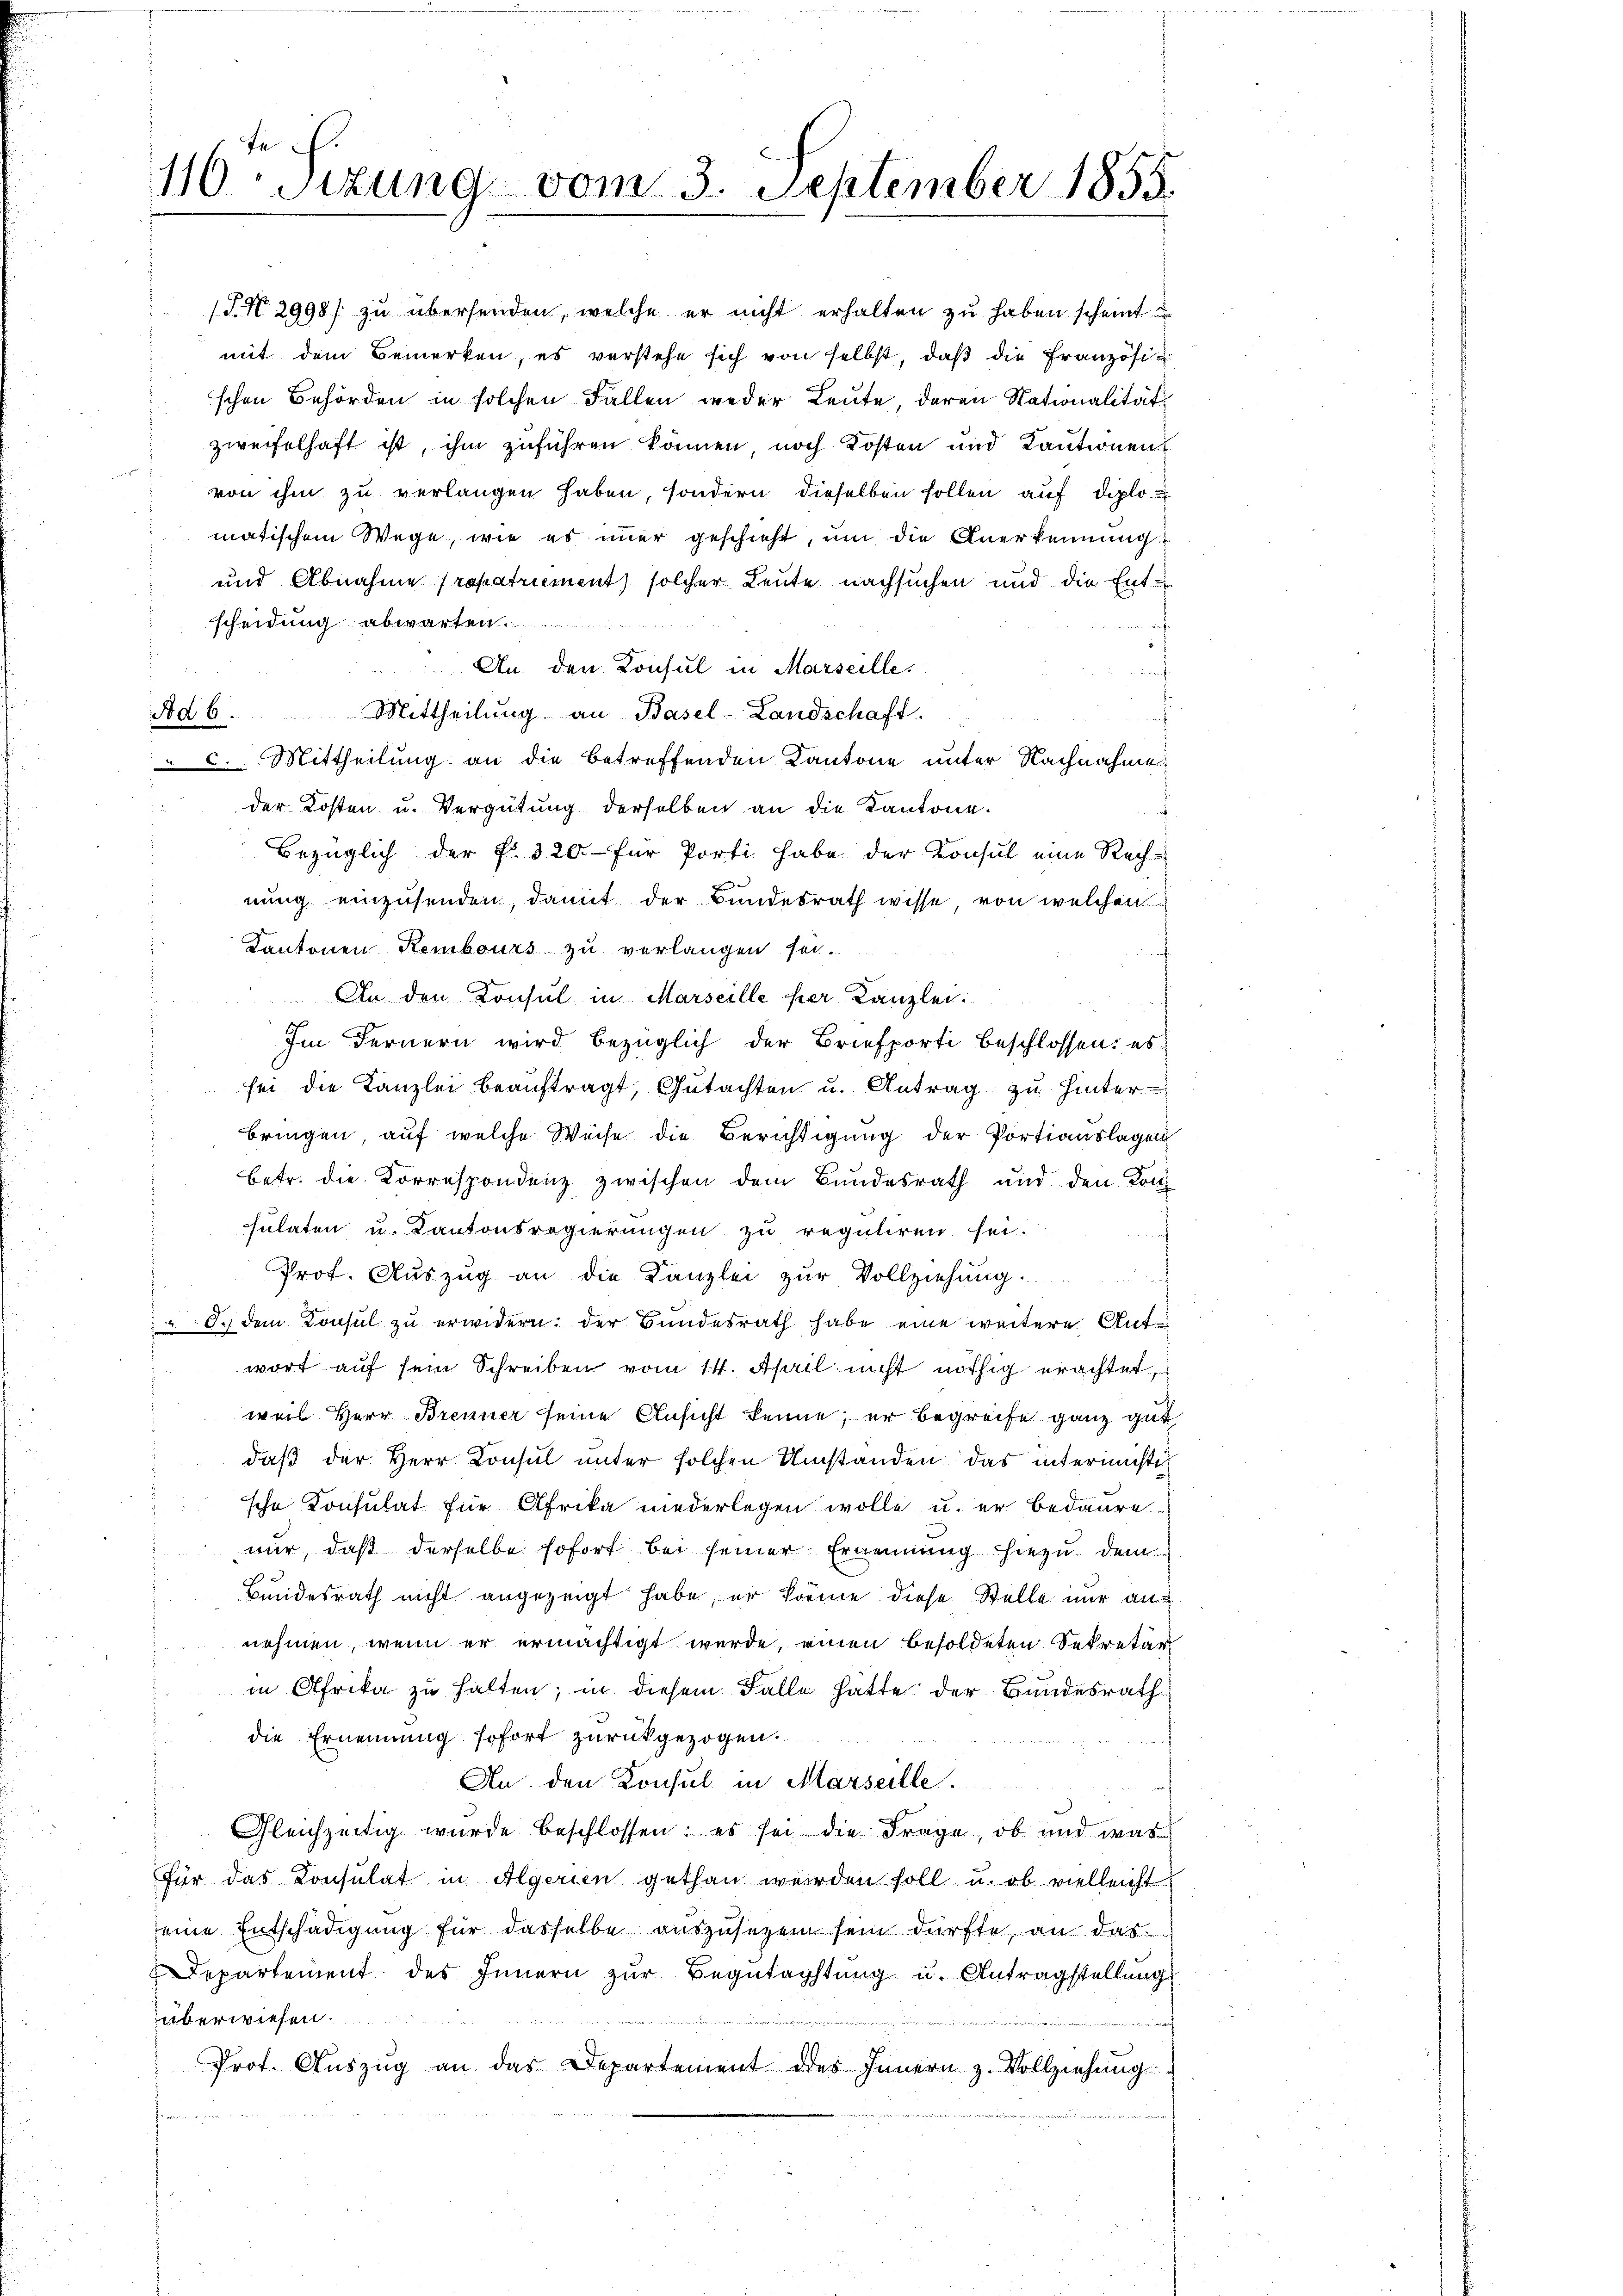
te
116. Sizung vom 3. September 1855.

(T.N 2998/ zu übersenden, welche er nicht erhalten zu haben scheint
mit dem Bemerken, es verstehe sich von selbst, daß die Französischen Behörden in solchen Fallen weder Leute, deren Nationalität
zweifelhaft ist, ihm zuführen können noch Kosten und Kautionen
von ihm zu verlangen haben, sondern dieselben sollen auf diplomatischem Wege, wie es immer geschieht, um die Anerkennung
und Abnahme repatriement) solcher Leute nachsuchen und die Entscheidung abwarten
i
An. den Konsul in Marseille,
Mittheilung an Basel-Landschaft.
Ad 6.
 2. Mittheilung an die betreffenden Kantone unter Nachnahme
der Kosten u. Vergütung derselben an die Kantone.
Bezüglich der P. 320.- für Porti habe der Konsul eine Rechnung einzusenden, damit der Bundesrath wisse von welchen
Kantonen Kembours zu verlangen sei.
An den Konsul in Marseille per Kanzlei:
Im Fernern wird bezüglich der Briefporti beschlossen: es
sei die Kanzlei beauftragt, Gutachten u. Antrag zu hinter
bringen auf welche Weise die Berichtigung der Portiauslagen
betr. die Korrespondenz zwischen dem Bundesrath und den Konsulaten u. Kantonsregierungen zu reguliren sei.
Prof. Auszug an die Kanzlei zur Vollziehung.
O. dem Konsul zu erwidern: der Bundesrath habe eine weitere Antwort auf sein Schreiben vom 14. April nicht nöthig erachtet,
weil Herr Brenner seine Ansicht kenne; er begreife ganz gut
daß der Herr Konsul unter solchen Umstanden das intermisti
sche Konsulat für Afrika niederlegen wolle u. er bedaure
nur, daß derselbe sofort bei seiner Ernennung hiezu dem
Bundesrath nicht angezeigt habe, er könne diese Stelle nur annehmen, wenn er ermächtigt wurde, einen besoldeten Sekretär
in Afrika zu halten; in diesem Falle hatte der Bundesrath
die Ernennung sofort zurückgezogen.
An den Konsul in Marseille.
Gleichzeitig wurde beschlossen: es sei die Frage, ob und was
Für das Konsulat in Algerin gethan werden soll u. ob vielleicht
eine Entschädigung für dasselbe auszusezen sein dürfte, an das
Departement des Innern zur Begutachtung u. Antragstellung
überwiesen.
h
Prof. Auszug an das Departement des Innern z. Vollziehŭng
n